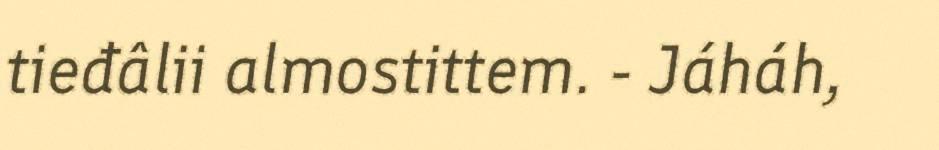
tieđâlii almostittem. - Jáháh,